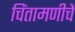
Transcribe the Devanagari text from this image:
चिंतामणीचें